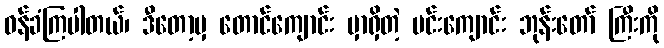
ဝန်ခံကြပါတယ်၊ ဒီတော့မှ တောင်ကျောင်း မှာရှိတဲ့ ပင်းကျောင်း ဘုန်းတော် ကြီးကို